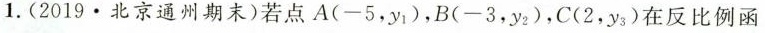
1.(2019.北京通州期末)若点A(-5，y1)，B(-3，y2)，C(2，y5)在反比例函